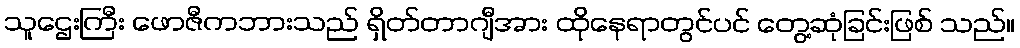
သူဌေးကြီး ဖောဇီကဘားသည် ရှိတ်တာဂျီအား ထိုနေရာတွင်ပင် တွေ့ဆုံခြင်းဖြစ် သည်။